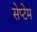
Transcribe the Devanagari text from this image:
सेप्टेम